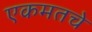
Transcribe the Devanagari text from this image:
एकमतचे